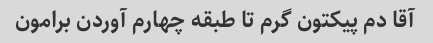
آقا دم پیکتون گرم تا طبقه چهارم آوردن برامون